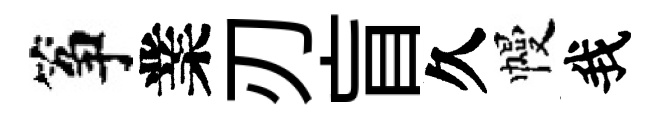
筝業刃盲久幔我